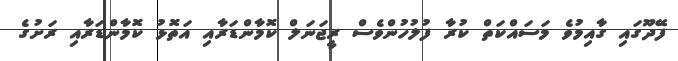
ފޭދޫގައި ގާއިމުވެ މަސައްކަތް ކުރާ ފުލުހުންވެސް ރީޖަނަލް ކޮމާންޑަރާއި އަތޮޅު ކޮމާންޑަރާއި ރަށުގެ